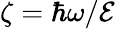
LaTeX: \zeta=\hbar\omega/\mathcal{E}